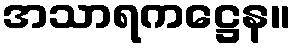
အသာရကဋ္ဌေန။